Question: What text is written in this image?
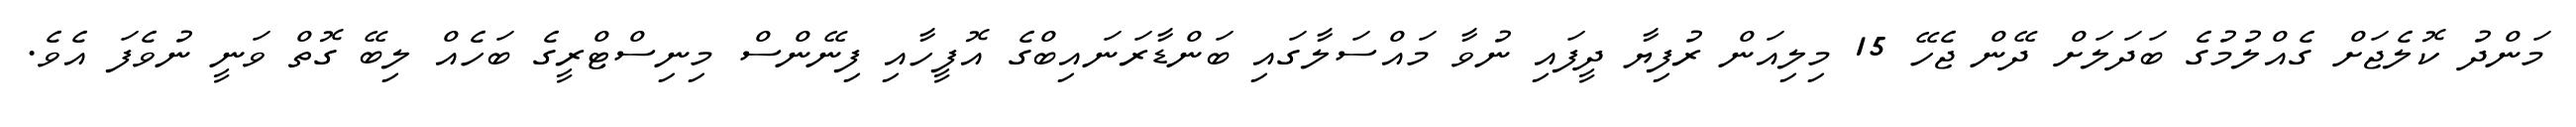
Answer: މަންދު ކޮލެޖަށް ގެއްލުމުގެ ބަދަލަށް ދޭން ޖެހޭ 15 މިލިއަން ރުފިޔާ ދީފައި ނުވާ މައްސަލާގައި ބަންޑާރަނައިބްގެ އޮފީހާއި ފިނޭންސް މިނިސްޓްރީގެ ބަހެއް ލިބޭ ގޮތް ވަނީ ނުވެފަ އެވެ.